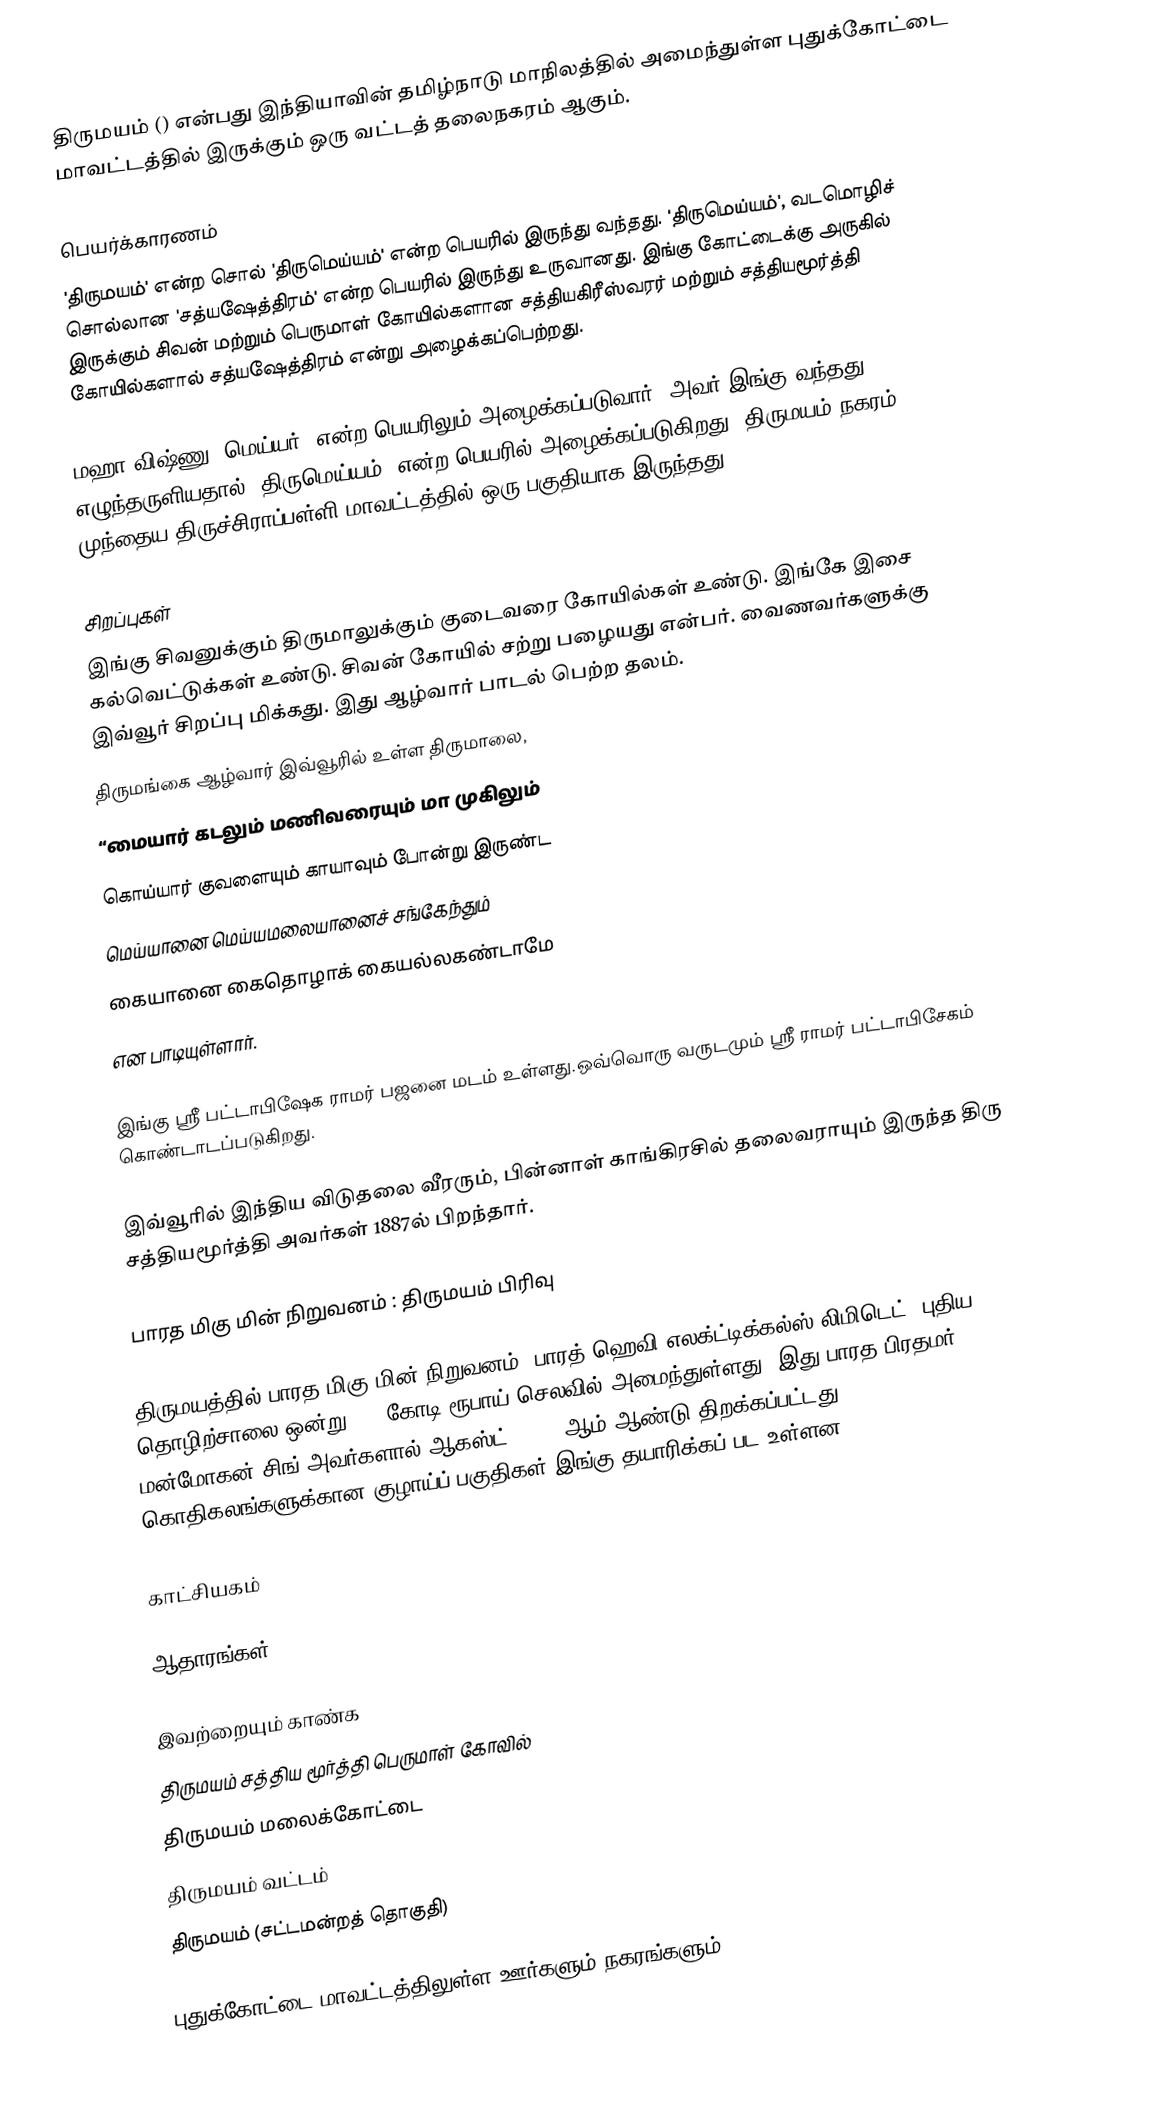
திருமயம்  () என்பது இந்தியாவின் தமிழ்நாடு மாநிலத்தில் அமைந்துள்ள புதுக்கோட்டை மாவட்டத்தில் இருக்கும் ஒரு வட்டத் தலைநகரம் ஆகும்.

பெயர்க்காரணம்
'திருமயம்' என்ற சொல் 'திருமெய்யம்' என்ற பெயரில் இருந்து வந்தது. 'திருமெய்யம்', வடமொழிச் சொல்லான 'சத்யஷேத்திரம்' என்ற பெயரில் இருந்து உருவானது. இங்கு கோட்டைக்கு அருகில் இருக்கும் சிவன் மற்றும் பெருமாள் கோயில்களான சத்தியகிரீஸ்வரர் மற்றும் சத்தியமூர்த்தி கோயில்களால் சத்யஷேத்திரம் என்று அழைக்கப்பெற்றது.

மஹா விஷ்ணு "மெய்யர்" என்ற பெயரிலும் அழைக்கப்படுவார். அவர் இங்கு வந்தது எழுந்தருளியதால் 'திருமெய்யம்' என்ற பெயரில் அழைக்கப்படுகிறது. திருமயம் நகரம் முந்தைய திருச்சிராப்பள்ளி மாவட்டத்தில் ஒரு பகுதியாக இருந்தது.

சிறப்புகள்
இங்கு சிவனுக்கும் திருமாலுக்கும் குடைவரை கோயில்கள் உண்டு. இங்கே இசை கல்வெட்டுக்கள் உண்டு. சிவன் கோயில் சற்று பழையது என்பர். வைணவர்களுக்கு இவ்வூர் சிறப்பு மிக்கது. இது ஆழ்வார் பாடல் பெற்ற தலம்.
திருமங்கை ஆழ்வார் இவ்வூரில் உள்ள திருமாலை,
“மையார் கடலும் மணிவரையும் மா முகிலும்
கொய்யார் குவளையும் காயாவும் போன்று இருண்ட
மெய்யானை மெய்யமலையானைச் சங்கேந்தும்
கையானை கைதொழாக் கையல்லகண்டாமே
என பாடியுள்ளார்.

இங்கு ஸ்ரீ பட்டாபிஷேக ராமர் பஜனை மடம் உள்ளது.ஒவ்வொரு வருடமும் ஸ்ரீ ராமர் பட்டாபிசேகம் கொண்டாடப்படுகிறது.

இவ்வூரில் இந்திய விடுதலை வீரரும், பின்னாள் காங்கிரசில் தலைவராயும் இருந்த திரு சத்தியமூர்த்தி அவர்கள் 1887ல் பிறந்தார்.

பாரத மிகு மின் நிறுவனம் : திருமயம் பிரிவு

திருமயத்தில் பாரத மிகு மின் நிறுவனம் (பாரத் ஹெவி எலக்ட்டிக்கல்ஸ் லிமிடெட்) புதிய தொழிற்சாலை ஒன்று 300 கோடி ரூபாய் செலவில் அமைந்துள்ளது. இது பாரத பிரதமர் மன்மோகன் சிங் அவர்களால் ஆகஸ்ட் 2,2013ஆம் ஆண்டு திறக்கப்பட்டது. கொதிகலங்களுக்கான குழாய்ப் பகுதிகள் இங்கு தயாரிக்கப் பட உள்ளன.

காட்சியகம்

ஆதாரங்கள்

இவற்றையும் காண்க
 திருமயம் சத்திய மூர்த்தி பெருமாள் கோவில்
 திருமயம் மலைக்கோட்டை
 திருமயம் வட்டம்
 திருமயம் (சட்டமன்றத் தொகுதி)

புதுக்கோட்டை மாவட்டத்திலுள்ள ஊர்களும் நகரங்களும்